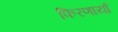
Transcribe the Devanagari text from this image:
फिरणार्या